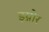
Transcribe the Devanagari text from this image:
इग्नोर